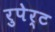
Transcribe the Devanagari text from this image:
रुपेर्ट